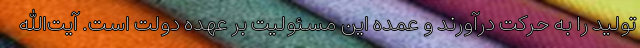
تولید را به حرکت درآورند و عمده این مسئولیت بر عهده دولت است. آیت‌الله